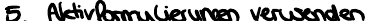
5. Aktivformulierungen verwenden